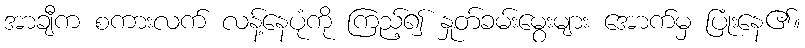
အာချီက စကားလက် လန့်နေပုံကို ကြည့်၍ နှုတ်ခမ်းမွေးများ အောက်မှ ပြုံးနေ၏။